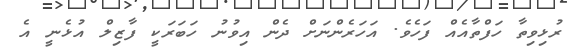
ރުޅިވިތާ ހަފްތާއެއް ފަހެވެ. އަހަރެންނަށް ދެން އިވުނު ހަބަރަކީ ފާޒިލް އުޅެނީ އެ